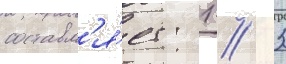
составл'я́ет: 1 / 3